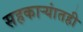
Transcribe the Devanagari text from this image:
सहकाऱ्यांतही